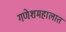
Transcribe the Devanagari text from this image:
गणेशमहालात